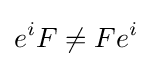
e^{i}F\neq Fe^{i}